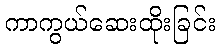
ကာကွယ်ဆေးထိုးခြင်း